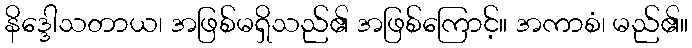
နိဒ္ဒေါသတာယ၊ အဖြစ်မရှိသည်၏ အဖြစ်ကြောင့်။ အကာစံ၊ မည်၏။